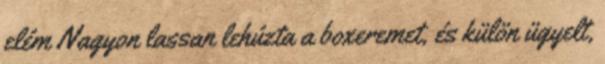
elém Nagyon lassan lehúzta a boxeremet, és külön ügyelt,